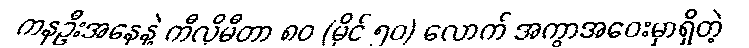
ကနဦးအနေနဲ့ ကီလိုမီတာ ၈၀ (မိုင် ၅၀) လောက် အကွာအဝေးမှာရှိတဲ့